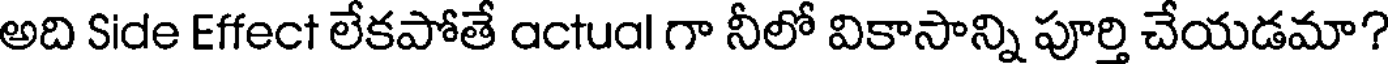
అది Side Effect లేకపోతే actual గా నీలో వికాసాన్ని పూర్తి చేయడమా?